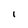
Character: I